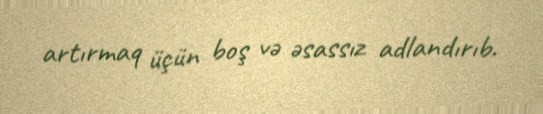
artırmaq üçün boş və əsassız adlandırıb.